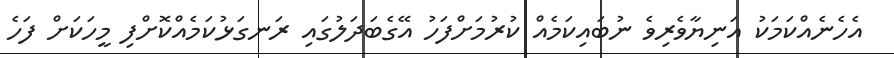
އެހެނެއްކަމަކު އަނިޔާވެރިވެ ނުބައިކަމެއް ކުރުމަށްފަހު އޭގެބަދަލުގައި ރަނގަޅުކަމެއްކޮށްފި މީހަކަށް ފަހެ